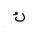
Letter: _kaf